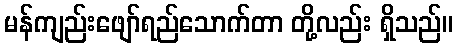
မန်ကျည်းဖျော်ရည်သောက်တာ တို့လည်း ရှိသည်။